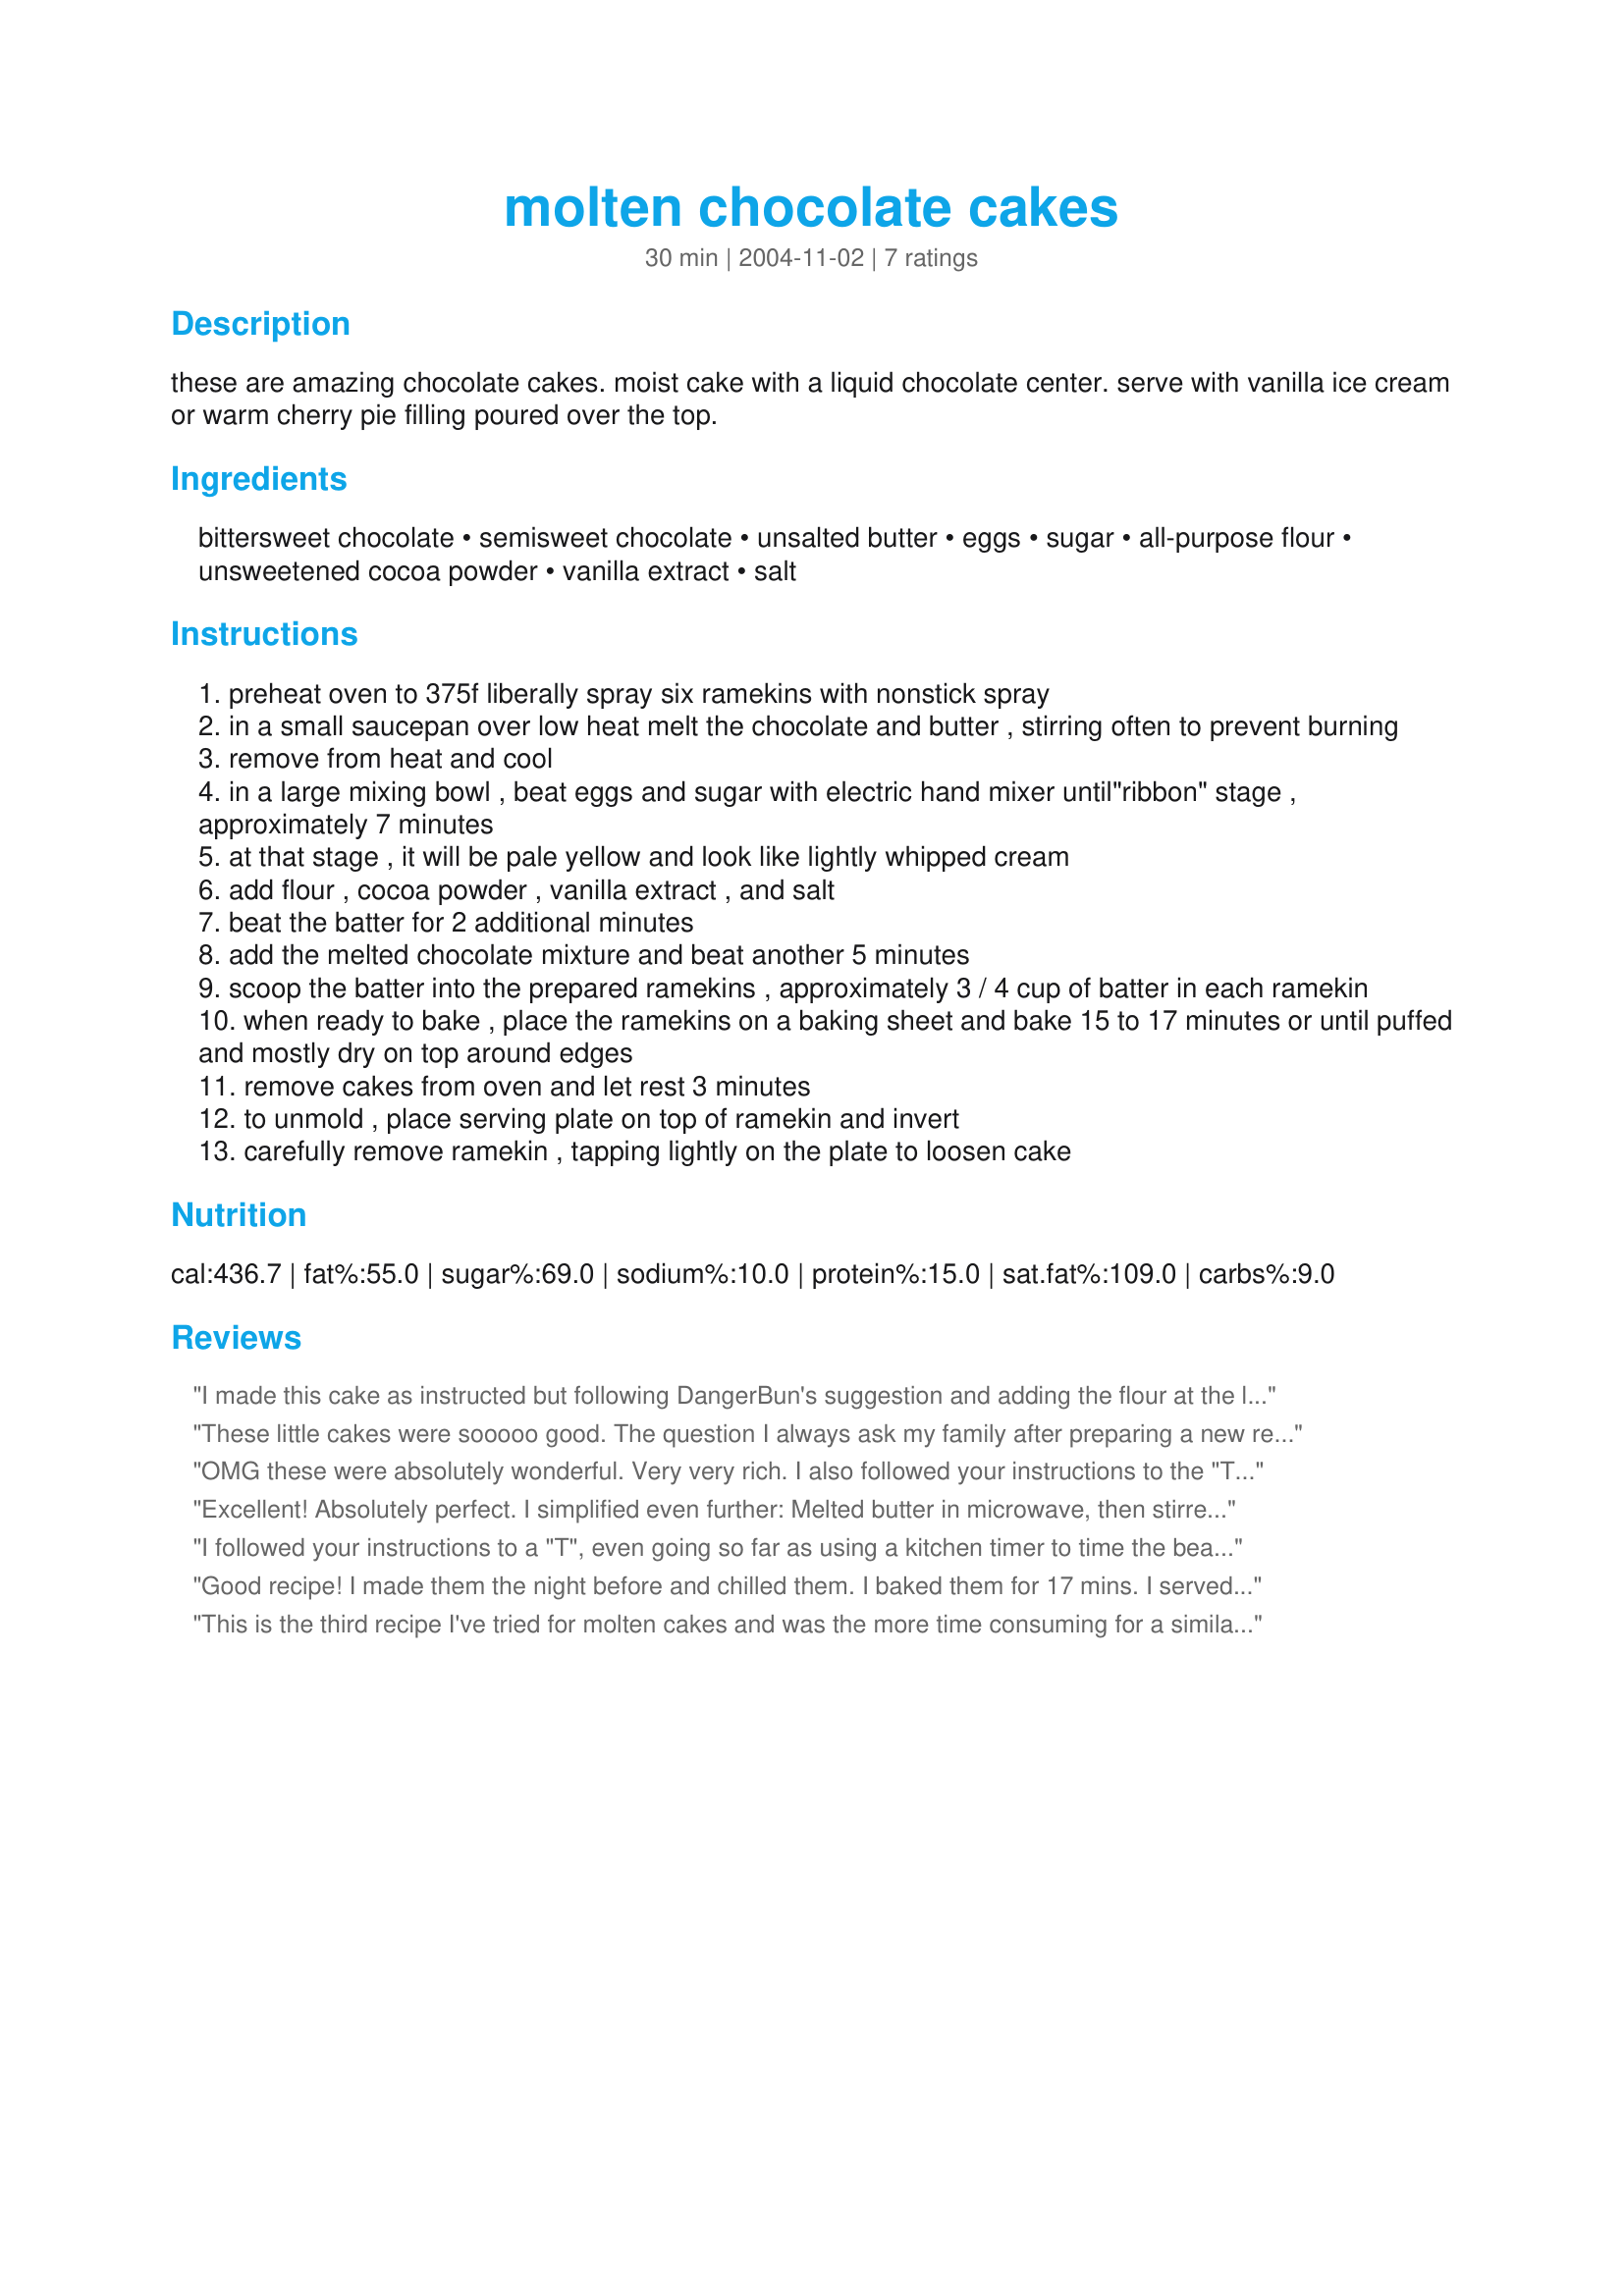
molten chocolate cakes
Preparation time: 30 minutes

these are amazing chocolate cakes. moist cake with a liquid chocolate center. serve with vanilla ice cream or warm cherry pie filling poured over the top.

Ingredients:
bittersweet chocolate, semisweet chocolate, unsalted butter, eggs, sugar, all-purpose flour, unsweetened cocoa powder, vanilla extract, salt

Steps:
preheat oven to 375f liberally spray six ramekins with nonstick spray
in a small saucepan over low heat melt the chocolate and butter , stirring often to prevent burning
remove from heat and cool
in a large mixing bowl , beat eggs and sugar with electric hand mixer until"ribbon" stage , approximately 7 minutes
at that stage , it will be pale yellow and look like lightly whipped cream
add flour , cocoa powder , vanilla extract , and salt
beat the batter for 2 additional minutes
add the melted chocolate mixture and beat another 5 minutes
scoop the batter into the prepared ramekins , approximately 3 / 4 cup of batter in each ramekin
when ready to bake , place the ramekins on a baking sheet and bake 15 to 17 minutes or until puffed and mostly dry on top around edges
remove cakes from oven and let rest 3 minutes
to unmold , place serving plate on top of ramekin and invert
carefully remove ramekin , tapping lightly on the plate to loosen cake

Reviews:
I made this cake as instructed but following DangerBun's suggestion and adding the flour at the last minute. It turned out delicious. My family love it. We took a couple to my in laws and they raved. Even though they thought it was rich, they licked the plates clean. 

If you eat this cold, then the center has a pudding like consistency. It is still very yummy.
These little cakes were sooooo good. The question I always ask my family after preparing a new recipe is "should I make this one again" and before I could even ask my Daughter Tiffany said well ask go ahead and ask. Well you guessed it, this one is a keeper and will be made again and again.
OMG these were absolutely wonderful. Very very rich. I also followed your instructions to the "T" with the kitchen timer and the oven thermometer. DH loved the center of the cakes. Mine were also done at exactly 15 minutes. Released from the ramekins easily with just a tap. Thanks for a great recipe.
Excellent! Absolutely perfect. I simplified even further: Melted butter in microwave, then stirred chocolate in until melted. I only had to beat the eggs & sugar for 2.5 minutes on my super high speed mixer. Added the flour after all of the mixing, right at the end (the less you mix the flour, the higher and lighter your cakes will be, as you won't develop the gluten). Awesome! So easy, too!
I followed your instructions to a "T", even going so far as using a kitchen timer to time the beatings, and an oven thermometer to check that my oven was the correct temperature (it wasn't)-- having done all that, I wasn't disappointed. These are rich and delicious !! Loved the melty centers. They were perfectly baked at 15 minutes, and really very easy to make. I found that they released from the ramekins easily after I ran a small thin-bladed knife completely around the edges. Thanks for posting.
Good recipe! I made them the night before and chilled them. I baked them for 17 mins. I served them with coffee ice cream and the Haagen Dazs Black Raspberry w/ Chocolate Chip ice cream (if you haven't tried, go buy it!!!)The heat from the molten cakes and the cold ice cream was great. My sides comment are that I should've baked them a little longer, and used superfine sugar because the lava like texture was a little too granular. Thank you for the posting.
This is the third recipe I've tried for molten cakes and was the more time consuming for a similar result and baked longer. I wanted to try this recipe because it used whole eggs instead of a mixture of eggs and yolks. It's been too long since I made the other recipes to compare fairly, so can't say if this or the other way tastes better. I also seem to think this texture was different, but again can't say if it was better or worse or just different.

I made this gluten-free quite easily with 3 T GF mix and 1 T of almond meal and a pinch of xanthan gum (my mix didn't have any in it).

As another reviewer, I melted the butter and chocolate in a microwave. On 30% power it was melted in about 2 minutes (low power keeps it from burning). I also wondered about the beating after adding the chocolate and flour mix. The mix deflated a lot after the additions and never recovered. I wonder what would happen if the chocolate and flour was simply folded in after the ribboning.

The oil spray worked great, but I decided to dust some ramekins with a cocoa/sugar mix. On the ones I dusted, it took a lot more sugar/cocoa than when I grease them with butter - sort of messy. Not the recipe's fault - just a note in case someone else wants to try dusting them.
